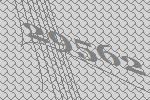
29562